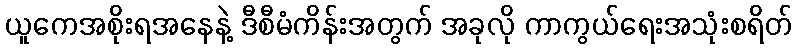
ယူကေအစိုးရအနေနဲ့ ဒီစီမံကိန်းအတွက် အခုလို ကာကွယ်ရေးအသုံးစရိတ်